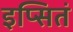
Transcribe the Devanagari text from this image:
इप्सितं